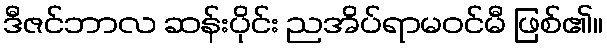
ဒီဇင်ဘာလ ဆန်းပိုင်း ညအိပ်ရာမဝင်မီ ဖြစ်၏။